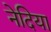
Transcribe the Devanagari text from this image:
नेदिया